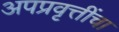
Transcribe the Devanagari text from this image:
अपप्रवृत्तींचा